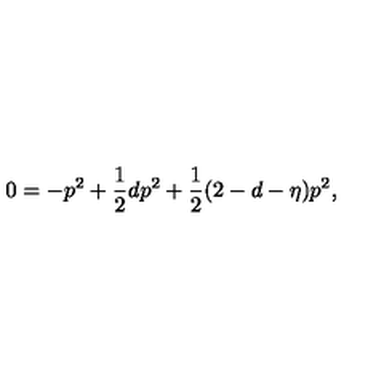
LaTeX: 0 = - p ^ { 2 } + \frac { 1 } { 2 } d p ^ { 2 } + \frac { 1 } { 2 } ( 2 - d - \eta ) p ^ { 2 } ,